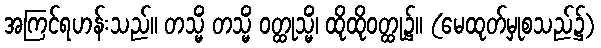
အကြင်ရဟန်းသည်။ တသ္မိံ တသ္မိံ ဝတ္ထုသ္မိံ၊ ထိုထိုဝတ္ထု၌။ (မေထုတ်မှုစသည်၌)